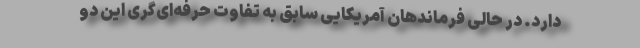
دارد. در حالی فرماندهان آمریکایی سابق به تفاوت حرفه‌ای‌گری این دو